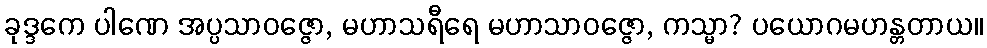
ခုဒ္ဒကေ ပါဏေ အပ္ပသာဝဇ္ဇော, မဟာသရီရေ မဟာသာဝဇ္ဇော, ကသ္မာ? ပယောဂမဟန္တတာယ။